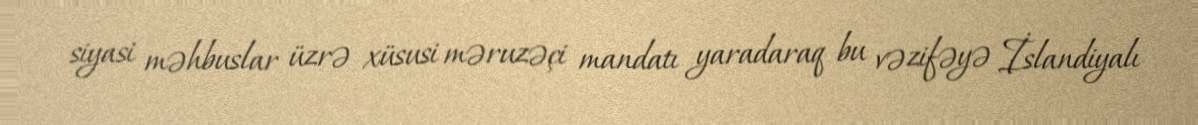
siyasi məhbuslar üzrə xüsusi məruzəçi mandatı yaradaraq bu vəzifəyə İslandiyalı